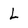
Character: L